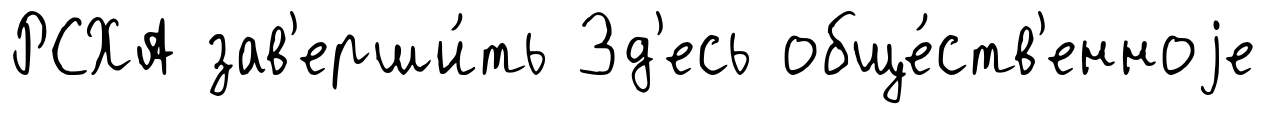
РСХА зав'ерши́ть Зд'есь обще́ств'енноjе